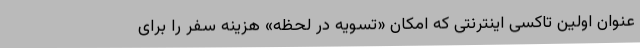
عنوان اولین تاکسی اینترنتی که امکان «تسویه در لحظه» هزینه سفر را برای